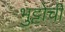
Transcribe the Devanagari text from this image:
भुट्टोची